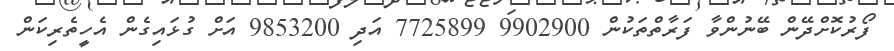
ފޯރުކޮށްދޭން ބޭނުންވާ ފަރާތްތަކުން 9902900 7725899 އަދި 9853200 އަށް ގުޅައިގެން އެހީތެރިކަން